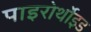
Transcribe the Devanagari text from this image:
पाइरोर्थोइड